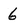
Character: 6